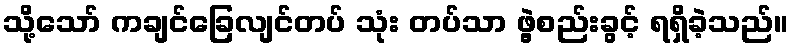
သို့သော် ကချင်ခြေလျင်တပ် သုံး တပ်သာ ဖွဲ့စည်းခွင့် ရရှိခဲ့သည်။